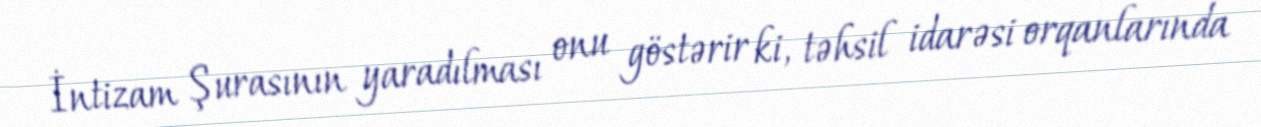
İntizam Şurasının yaradılması onu göstərir ki, təhsil idarəsi orqanlarında